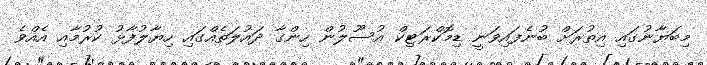
މިބަޔާނުގައި އިތުރަށް ބުނެފައިވަނީ ޑިމޮކްރަޓިކް އުސޫލުން ހިންގާ ދައުލަތެއްގައި ހިޔާލުފާޅު ކުރުމާއި އެއްވެ